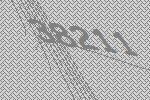
38211